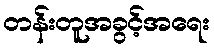
တန်းတူအခွင့်အရေး